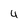
Character: 4